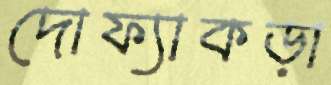
দোফ্যাকড়া